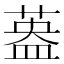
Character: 𱾄